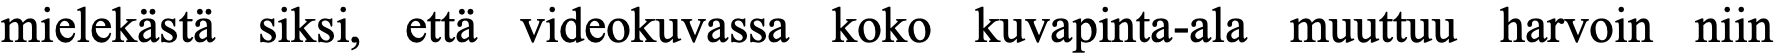
mielekästä siksi, että videokuvassa koko kuvapinta-ala muuttuu harvoin niin